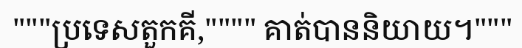
"""ប្រទេសតួកគី,"""" គាត់បាននិយាយ។"""